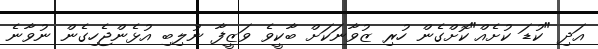
އަދި "ކުޑަ ކުށެއް"ކޮށްގެން ހުރި ޒުވާނަކަށް ބާކީވެ ވަޒީފާ ނުލިބި އުޅެންޖެހިގެން ނުވާނެ